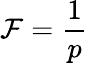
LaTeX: \mathcal{F}={\frac{{1}}{{p}}}